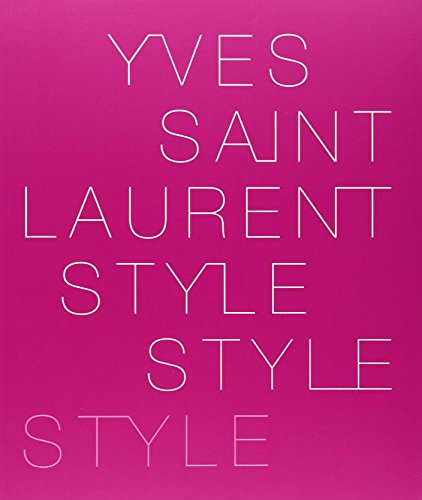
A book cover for Yves Saint Laurent: Style; Foundation Pierre Berge - Yves Saint Laurent; Arts & Photography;